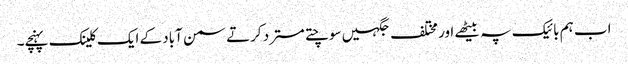
اب ہم بائیک پہ بیٹھے اور مختلف جگہیں سوچتے مسترد کرتے سمن آباد کے ایک کلینک پہنچے۔